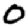
Digit: 0